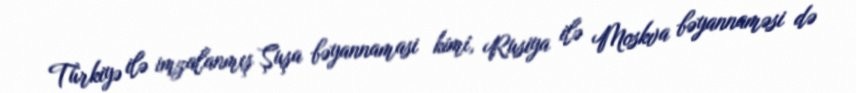
Türkiyə ilə imzalanmış Şuşa bəyannamasi kimi, Rusiya ilə Moskva bəyannaməsi də